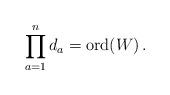
LaTeX: \begin{align*} \prod_{a=1}^n d_a={\rm ord}(W)\,.\end{align*}